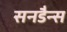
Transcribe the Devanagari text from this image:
सनडैन्स